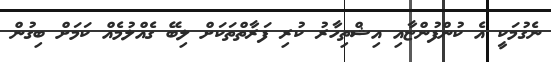
ނެގުމަކީ އެ ކުންފުންޏާއި އިޝްތިހާރު ކުރި ފަރާތްތަކަށް ލިބޭ ގެއްލުމެއް ކަމަށް ބިގުން